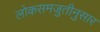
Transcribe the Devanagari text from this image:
लोकसमजुतीनुसार